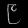
Digit: ၉